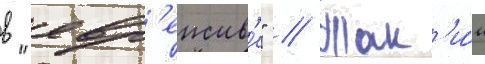
в "евр'еиств'е" // Так'и́м